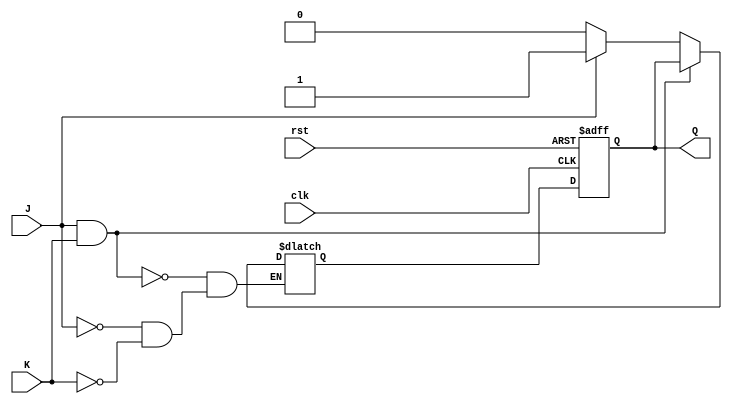
module neg_edge_triggered_jk_ff (
    input J,
    input K,
    input clk,
    input rst,
    output reg Q
);

reg Q_next;

always @(negedge clk or posedge rst) begin
    if (rst) begin
        Q <= 1'b0;
    end else begin
        Q <= Q_next;
    end
end

always @(J, K) begin
    if (J & K) begin
        Q_next <= Q;
    end else if (J) begin
        Q_next <= 1'b1;
    end else if (K) begin
        Q_next <= 1'b0;
    end
end

endmodule